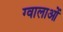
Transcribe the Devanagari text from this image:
ग्वालाओं